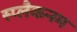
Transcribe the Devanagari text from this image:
स्प्लैकनम